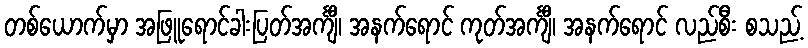
တစ်ယောက်မှာ အဖြူရောင်ခါးပြတ်အင်္ကျီ၊ အနက်ရောင် ကုတ်အင်္ကျီ၊ အနက်ရောင် လည်စီး စသည့်